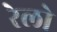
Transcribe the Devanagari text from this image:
रेलो